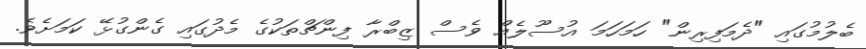
ބެލުމުގައި "ދެމަފިރިން" ހަމަހަމަ އުސޫލެއް ވެސް ޒިބްރާ ފިންޗްތަކުގެ މެދުގައި ގެންގުޅޭ ކަމަށެވެ.